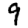
Digit: 9